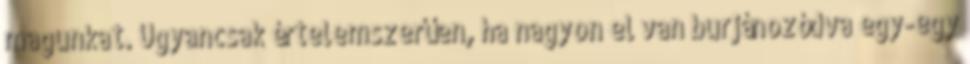
magunkat. Ugyancsak értelemszerűen, ha nagyon el van burjánozódva egy-egy